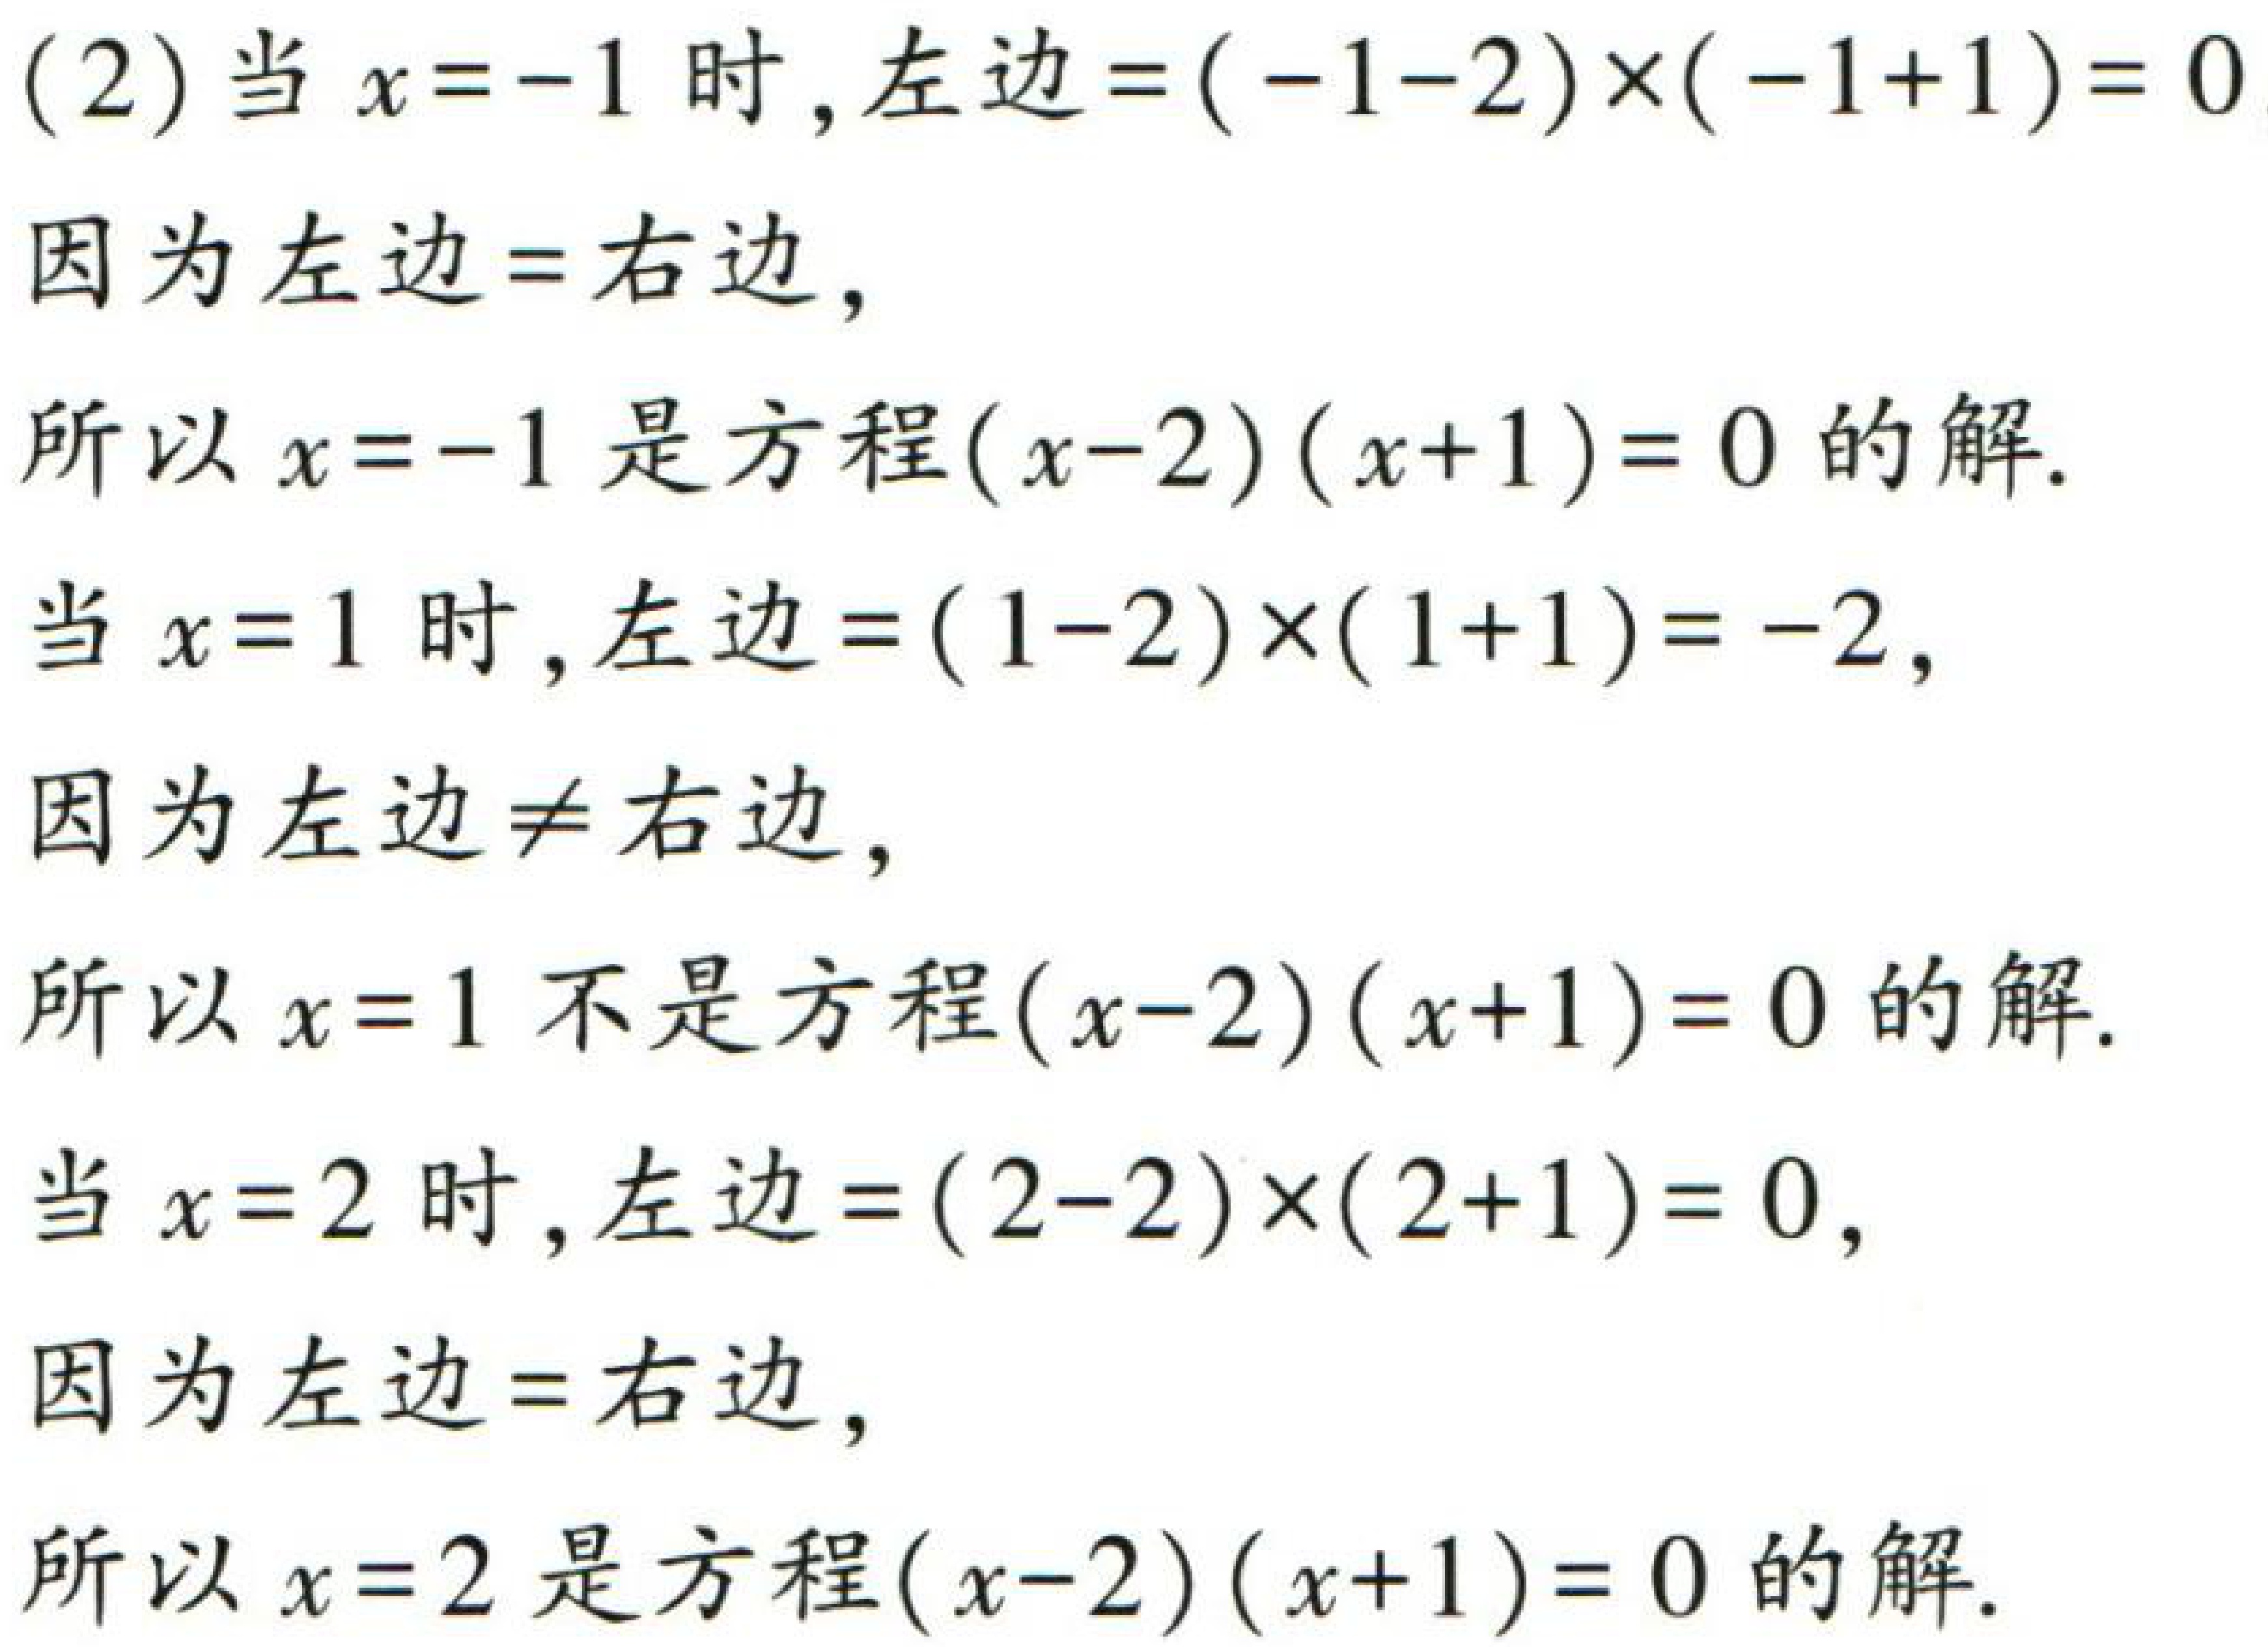
(2)当\(x = -1\)时,左边\(= (-1 - 2)\times(-1 + 1)=0\)

因为左边\(=\)右边,

所以\(x = -1\)是方程\((x - 2)(x + 1)=0\)的解.

当\(x = 1\)时,左边\(=(1 - 2)\times(1 + 1)= -2\),

因为左边\(\neq\)右边,

所以\(x = 1\)不是方程\((x - 2)(x + 1)=0\)的解.

当\(x = 2\)时,左边\(=(2 - 2)\times(2 + 1)=0\),

因为左边\(=\)右边,

所以\(x = 2\)是方程\((x - 2)(x + 1)=0\)的解.